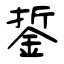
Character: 銴